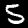
Label: 5